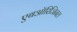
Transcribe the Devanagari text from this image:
एबऑरिजिनल